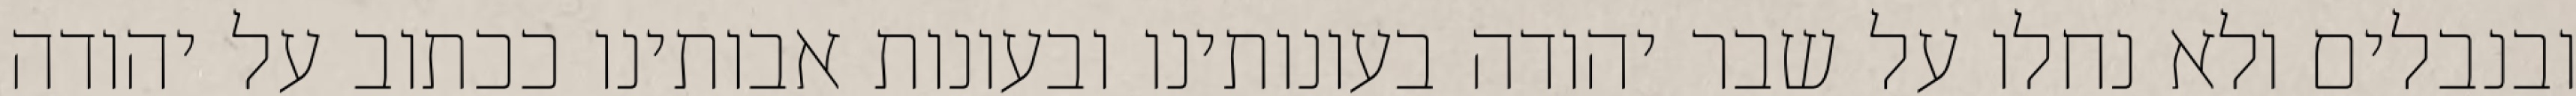
ובנבלים ולא נחלו על שבר יהודה בעונותינו ובעונות אבותינו ככתוב על יהודה